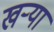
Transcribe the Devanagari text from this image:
खर्‍या